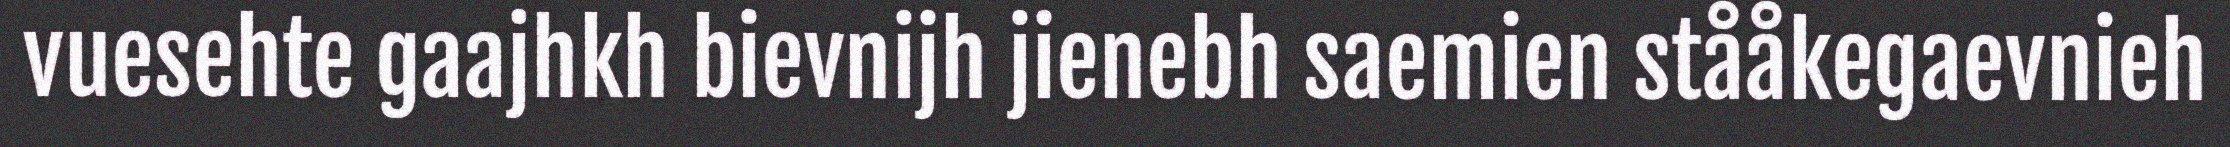
vuesehte gaajhkh bievnijh jienebh saemien stååkegaevnieh